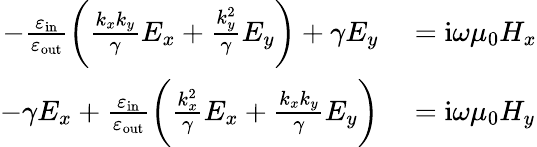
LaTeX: \begin{array}{rl}{-\frac{\varepsilon_{\mathrm{in}}}{\varepsilon_{\mathrm{out}}}\bigg(\frac{k_{x}k_{y}}{\gamma}E_{x}+\frac{k_{y}^{2}}{\gamma}E_{y}\bigg)+\gamma E_{y}}&{{}=\mathrm{i}\omega\mu_{0}H_{x}}\\ {-\gamma E_{x}+\frac{\varepsilon_{\mathrm{in}}}{\varepsilon_{\mathrm{out}}}\bigg(\frac{k_{x}^{2}}{\gamma}E_{x}+\frac{k_{x}k_{y}}{\gamma}E_{y}\bigg)}&{{}=\mathrm{i}\omega\mu_{0}H_{y}}\end{array}